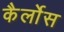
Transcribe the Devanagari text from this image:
कैर्लोस